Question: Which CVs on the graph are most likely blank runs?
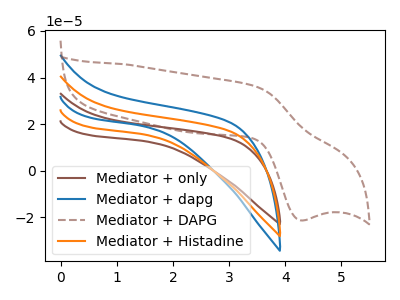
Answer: <think>The brown curve "Mediator + only" has no peaks. The blue curve "Mediator + dapg" has no peaks. The brown dashed curve "Mediator + DAPG" has an anodic peak at (3.45V, 36.25uA) and a cathodic peak at (4.25V, -21.25uA). The orange curve "Mediator + Histadine" has no peaks.</think>
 <answer>"Mediator + only", "Mediator + dapg" and "Mediator + Histadine" are likely to be blanks.</answer>
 <eval>"Mediator + only", "Mediator + dapg", "Mediator + Histadine"</eval>